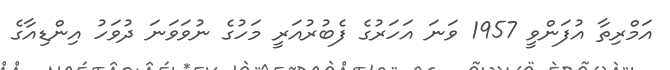
އަމްރިތާ އުފަންވީ 1957 ވަނަ އަހަރުގެ ފެބުރުއަރީ މަހުގެ ނުވަވަނަ ދުވަހު އިންޑިއާގެ